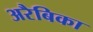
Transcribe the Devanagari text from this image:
अरैबिका